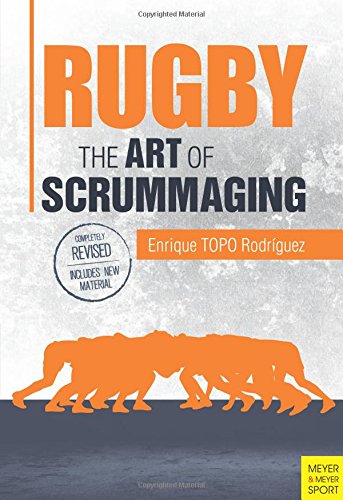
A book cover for Rugby: The Art of Scrummaging; Enrique Rodriguez; Sports & Outdoors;